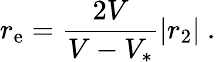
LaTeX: r_{\mathrm{e}}={\frac{2V}{{V}-V_{*}}}|r_{2}|\ .